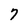
Character: 7